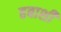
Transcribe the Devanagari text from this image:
हबाशी